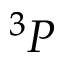
^ 3 P